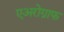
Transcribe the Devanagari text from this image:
एअरोग्राफ